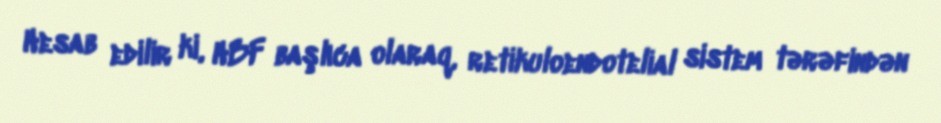
Hesab edilir ki, HBF başlıca olaraq, retikuloendotelial sistem tərəfindən